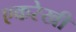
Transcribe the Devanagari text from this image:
एकरेखी